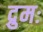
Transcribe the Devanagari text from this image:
द्रुमः